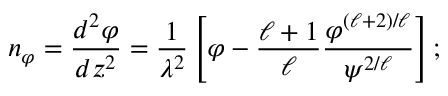
n _ { \varphi } = { \frac { d ^ { 2 } \varphi } { d z ^ { 2 } } } = { \frac { 1 } { \lambda ^ { 2 } } } \left[ \varphi - { \frac { \ell + 1 } { \ell } } { \frac { \varphi ^ { ( \ell + 2 ) / \ell } } { { \psi } ^ { 2 / \ell } } } \right] ;